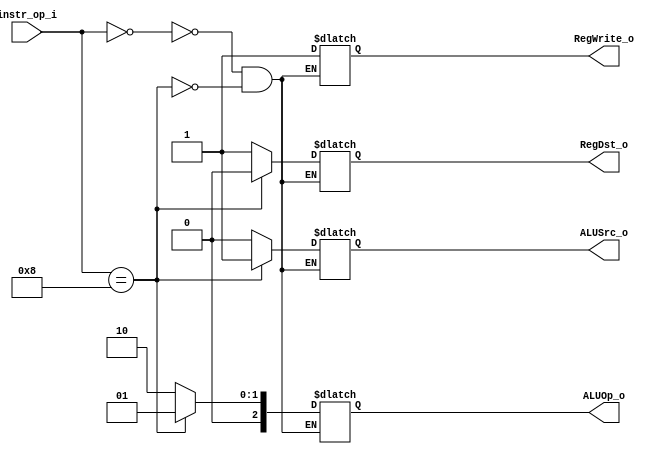
module Decoder( instr_op_i, RegWrite_o,	ALUOp_o, ALUSrc_o, RegDst_o );
     
//I/O ports
input	[6-1:0] instr_op_i;
output			RegWrite_o;
output	[3-1:0] ALUOp_o;
output			ALUSrc_o;
output			RegDst_o;
 
//Internal Signals
wire	[3-1:0] ALUOp_o;
wire			ALUSrc_o;
wire			RegWrite_o;
wire			RegDst_o;

//Main function
/*your code here*/
reg	[3-1:0] aluOp_o;
reg	aluSrc_o;
reg	regWrite_o;
reg	regDst_o;

always @(*) begin
	case (instr_op_i)
		6'b000000: begin // add,sub,and,or,nor,slt,sll,srl
			aluOp_o = 3'b010;
			aluSrc_o = 0;
			regWrite_o = 1;
			regDst_o = 1;
		end
		6'b001000: begin // addi
			aluOp_o = 3'b001;
			aluSrc_o = 1;
			regWrite_o = 1;
			regDst_o = 0;
		end
	endcase
end

assign ALUOp_o = aluOp_o;
assign ALUSrc_o = aluSrc_o;
assign RegWrite_o = regWrite_o;
assign RegDst_o = regDst_o;

endmodule